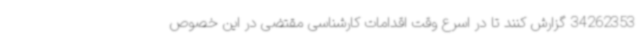
34262353 گزارش کنند تا در اسرع وقت اقدامات کارشناسی مقتضی در این خصوص